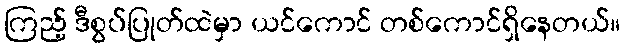
ကြည့် ဒီစွပ်ပြုတ်ထဲမှာ ယင်ကောင် တစ်ကောင်ရှိနေတယ်။